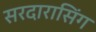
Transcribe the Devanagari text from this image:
सरदारासिंग